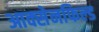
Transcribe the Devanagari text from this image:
आक्सेनफिल्ड